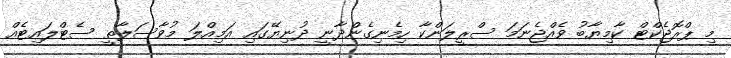
މި ޕްރޮޖެކްޓް ކާމިޔާބު ވެއްޖެނަމަ ސްރީލަންކާ ހިމެނިގެންދާނީ ދުނިޔޭގައި އަމިއްލަ މުވާސަލާތީ ސެޓްލައިޓެއް